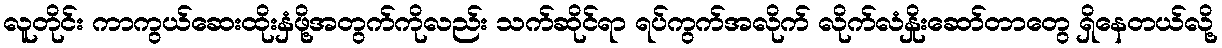
လူတိုင်း ကာကွယ်ဆေးထိုးနှံဖို့အတွက်ကိုလည်း သက်ဆိုင်ရာ ရပ်ကွက်အလိုက် လိုက်လံနှိုးဆော်တာတွေ ရှိနေတယ်လို့